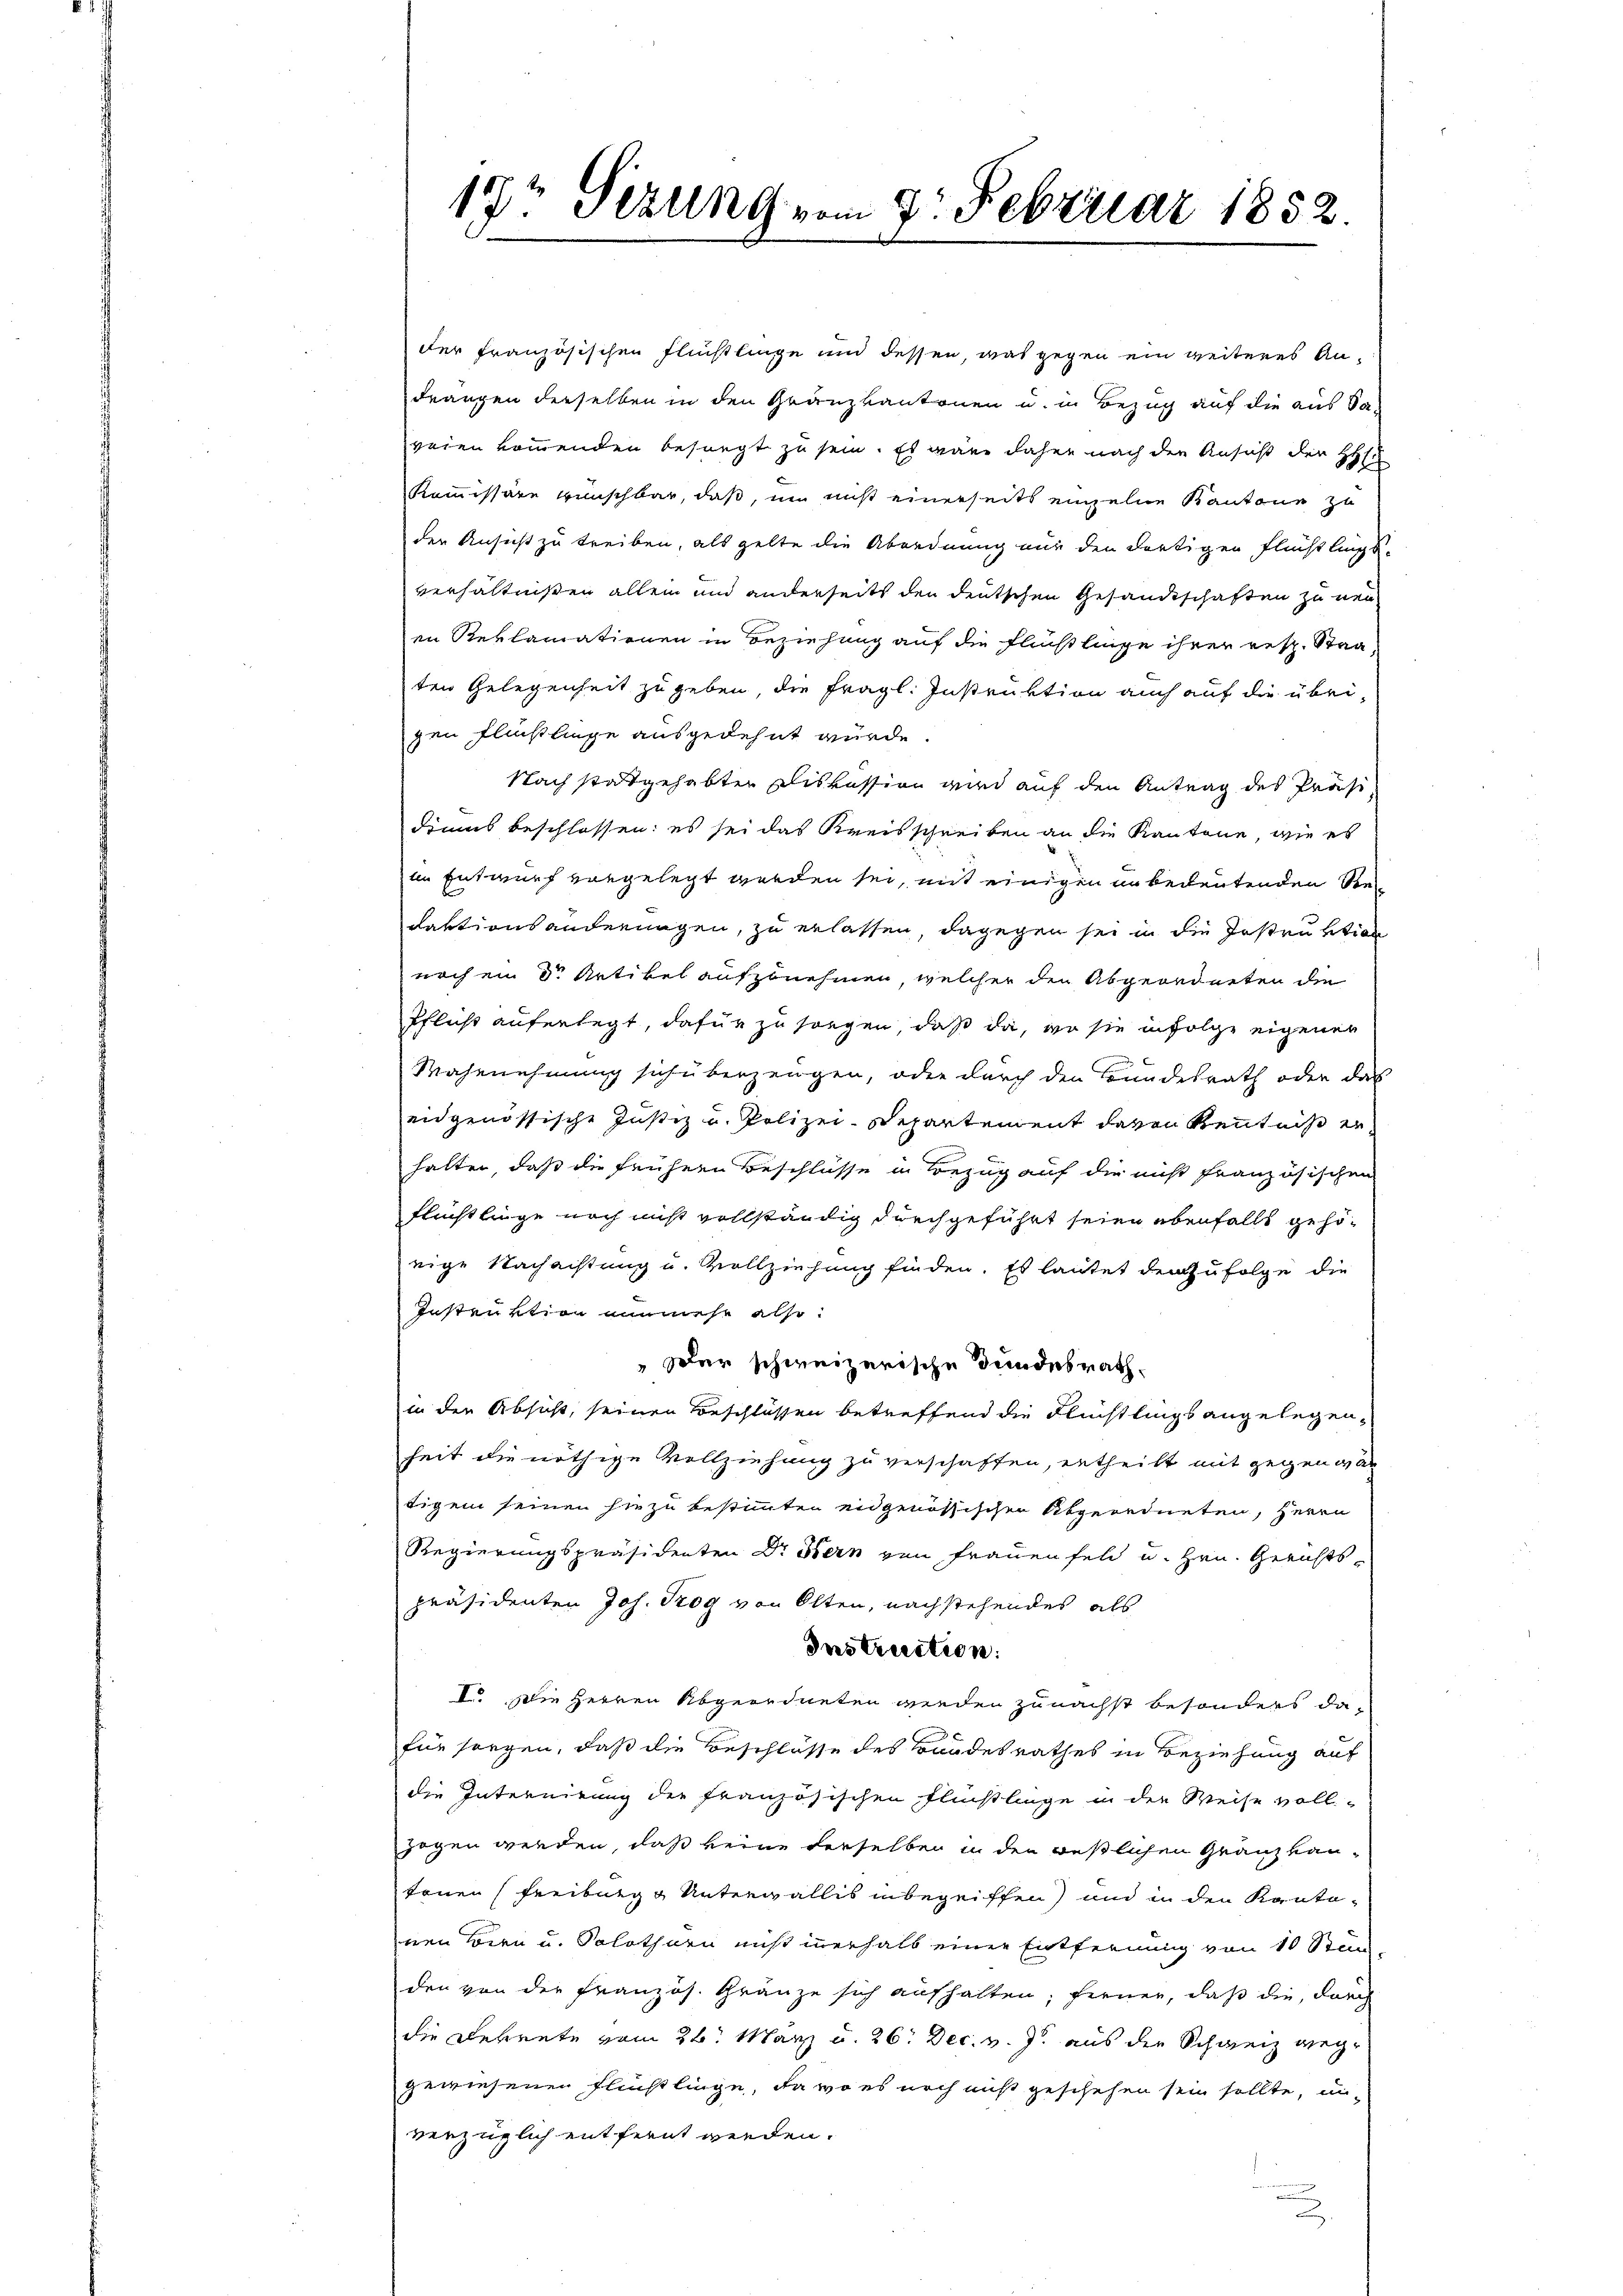
19t Sezung vom 7. Februar 1852.

der französischen Flüchtlinge und dessen, was gegen ein weiteres Andrangen derselben in den Gränzkantonen u. in Bezug auf die aus Sa
weien kommenden besorgt zu sein. Es wäre daher nach den Ansicht der HH
Kommissäre wünschbar, daß, um nicht einerseits einzelne Kantone zu
der Ansicht zu treiben, als gelte die Abordnung nur den dortigen Flüchtlings-
verhältnißen allein und anderseits den deutschen Gesandtschaften zu neu
in Reklamationen in Beziehung auf die Flüchtlinge ihrer resp. Staaten Gelegenheit zu geben, die fragl. Instruktion auch auf die übrigen Flüchtlinge ausgedehnt wurde.
Nach stattgehabten Diskussion wird auf den Antrag des Präsi
dius beschlossen: es sei das Kreisschreiben an die Kantone, wie es
im Entwurf vorgelegt worden sei, mit einigen in bedeutenden Redaktionsänderungen, zu erlassen, dagegen sei in die Jostruktion
noch ein Dr Artikel aufzunehmen, welcher den Abgeordneten die
Pflicht auferlegt, dafür zu sorgen, daß da, wo sie infolge eigener
Wahnnehmung sich überzeugen, oder durch den Bundesrath oder das
engenössische Justiz u. Polizei-Departement davon Kenntniß er
halten, daß die frühern Beschlüsse in Bezug auf die nicht französischen
Flüchtlinge noch nicht vollständig durchgeführt seien ebenfalls gehörige Nachachtung u. Vollziehung finden. Es lautet den zufolge die
Instruktion nunmehr also
Der schweizerische Bundesrath.
in der Absicht, seinen Beschlüssen betreffend die Flüchtlings angelegenheit die nöthige Vollziehung zu verschaffen, ertheilt mit gegenwär
tigen seinen hiezu bestimmten eidgenössischen Abgeordneten, Herrn
Regierungspräsidenten Dr Stern von Frauenfeld u. Hrn. Gerichtspräsidenten Joh. Trog von Olten, nachstehendes als
Instruction.
VI. Die Herren Abgeordneten wieden zunächst besonders dafür sorgen, daß die Beschlüsse des Bandesrathes in Beziehung auf
die Internirung der französischen Flüchtlinge in der Weise voll-
zogen werden, daß keine derselber in den restlichen Gränz(...)¬
tenen (Freiburg & Unterwallis inbegriffen) und in den Kanto-
nen Bern u. Solothurn nicht innerhalb einer Entfernung von 10 Standen von der Französ. Gränze sich aufhalten; ferner, daß die, durch
die Betrete vom 26. März u. 26. Dec. v. J. aus der Schweiz weggewiesenen Flüchtlinge, da wo es noch nicht geschehen sein sollte, un
verzüglich entfernt werden.